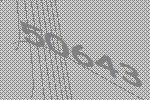
50643